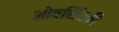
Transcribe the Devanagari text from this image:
ओवशिंस्की